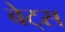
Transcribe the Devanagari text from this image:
बेट्‌स